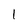
Character: 1